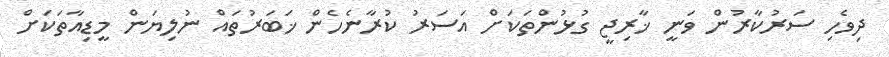
ދިވެހި ސަރުކާރުން ވަނީ ޚާރިޖީ ގުޅުންތަކަށް އަސަރު ކުރާނެހެން ޚަބަރުތައް ނުލިޔަން މީޑިއާތަކަށް